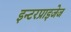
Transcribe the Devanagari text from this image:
इन्टरप्राइजेज